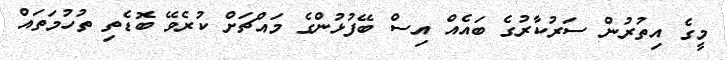
މީގެ އިތުރުން ސަރުކާރުގެ ބައެއް އިސް ބޭފުޅުންގެ މައްޗަށް ކުރެވޭ ބޮޑެތި ތުހުމަތައް